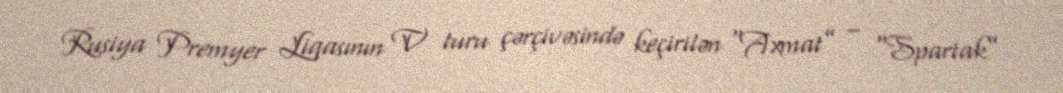
Rusiya Premyer Liqasının V turu çərçivəsində keçirilən “Axmat” – “Spartak”